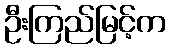
ဦးကြည်မြင့်က